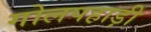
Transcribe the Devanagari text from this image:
गोलपहाड़ी